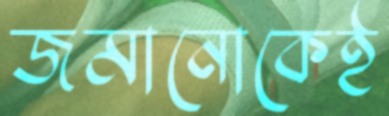
জমানোকেই